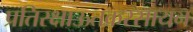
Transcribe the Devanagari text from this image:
प्रतिरक्षाऊतकरसायन